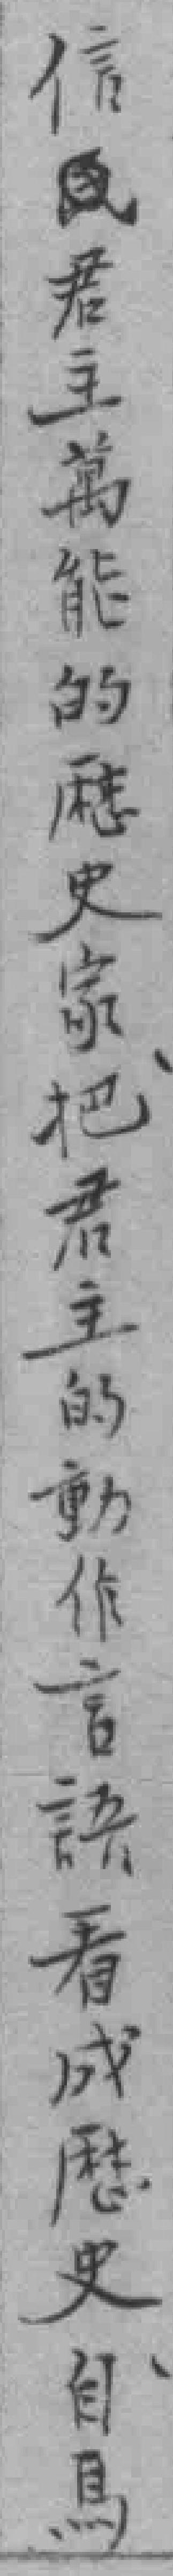
信*君主萬能的厯史家把君主的動作言語看成厯史自馬